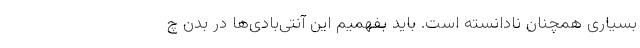
بسیاری همچنان نادانسته است. باید بفهمیم این آنتی‌بادی‌ها در بدن چ